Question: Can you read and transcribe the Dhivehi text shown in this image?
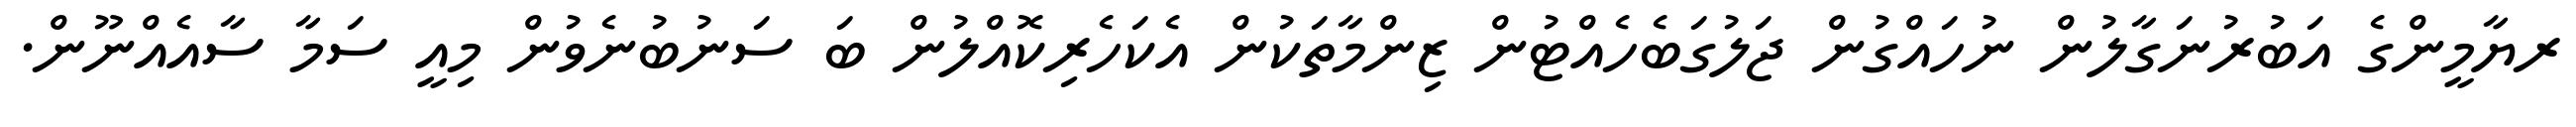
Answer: ރޔާމީންގެ އަބުރުނަގާލުން ނުހައްގުން ޖަލުގަބެހެއްޓުން ޒިންމާތަކުން އެކަހެރިކޮއްލުން ބަ ސަނުބުނެވުން މިއީ ސަމާ ސާއެއްނޫން.